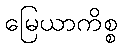
မြေယာကိစ္စ